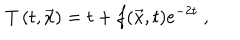
\ T \left( t , { \vec { x } } \right) = t + f ( { \vec { x } , t } ) e ^ { - 2 t } \ ,